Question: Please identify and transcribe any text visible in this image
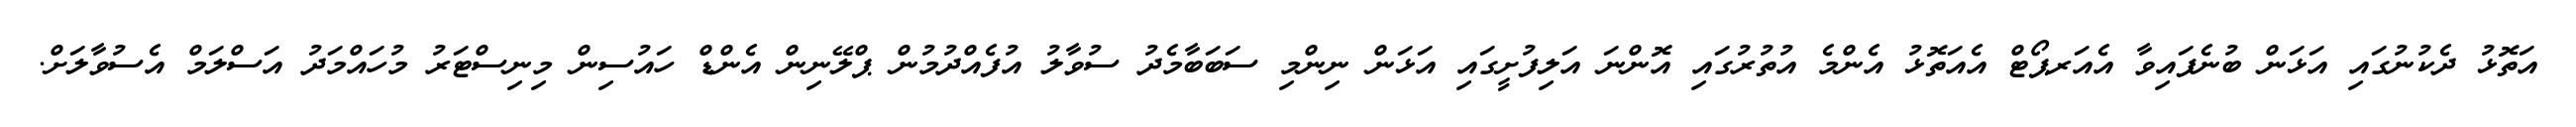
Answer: އަތޮޅު ދެކުނުގައި އަޅަން ބުނެފައިވާ އެއަރޕޯޓް އެއަތޮޅު އެންމެ އުތުރުގައި އޮންނަ އަލިފުށީގައި އަޅަން ނިންމި ސަބަބާމެދު ސުވާލު އުފެއްދުމުން ޕްލޭނިން އެންޑް ހައުސިން މިނިސްޓަރު މުހައްމަދު އަސްލަމް އެސުވާލަށް.